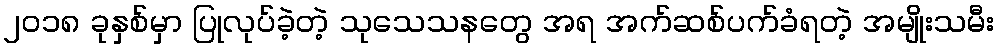
၂၀၁၈ ခုနှစ်မှာ ပြုလုပ်ခဲ့တဲ့ သုသေသနတွေ အရ အက်ဆစ်ပက်ခံရတဲ့ အမျိုးသမီး